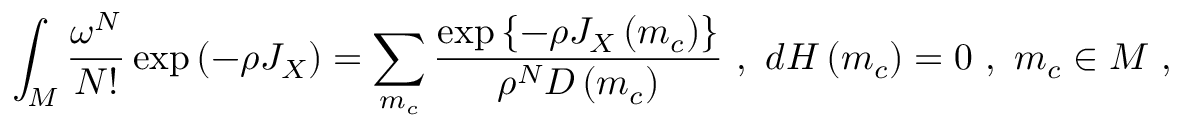
\int _ { M } { \frac { \omega ^ { N } } { N ! } } \exp \left( - \rho J _ { X } \right) = \sum _ { m _ { c } } { \frac { \exp \left\{ - \rho J _ { X } \left( m _ { c } \right) \right\} } { \rho ^ { N } D \left( m _ { c } \right) } } \ , \ d H \left( m _ { c } \right) = 0 \ , \ m _ { c } \in M \ ,